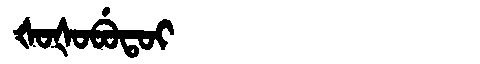
Manchu: ᡧᠣᡧᠣᠪᡠᡨᠣᡳ
Romanization: ŠOŠOBUTOI